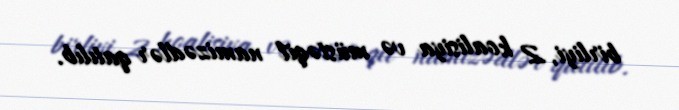
birliyi, 2 koalisiya və müstəqil namizədlər qatılıb.